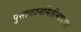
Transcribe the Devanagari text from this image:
पुस्तकनिर्मितीमागचा